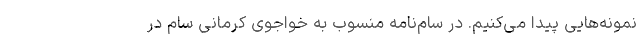
نمونه‌هایی پیدا می‌کنیم. در سام‌نامه منسوب به خواجوی کرمانی سام در